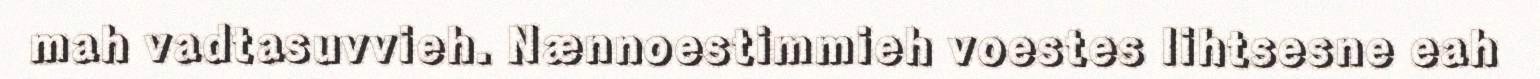
mah vadtasuvvieh. Nænnoestimmieh voestes lihtsesne eah